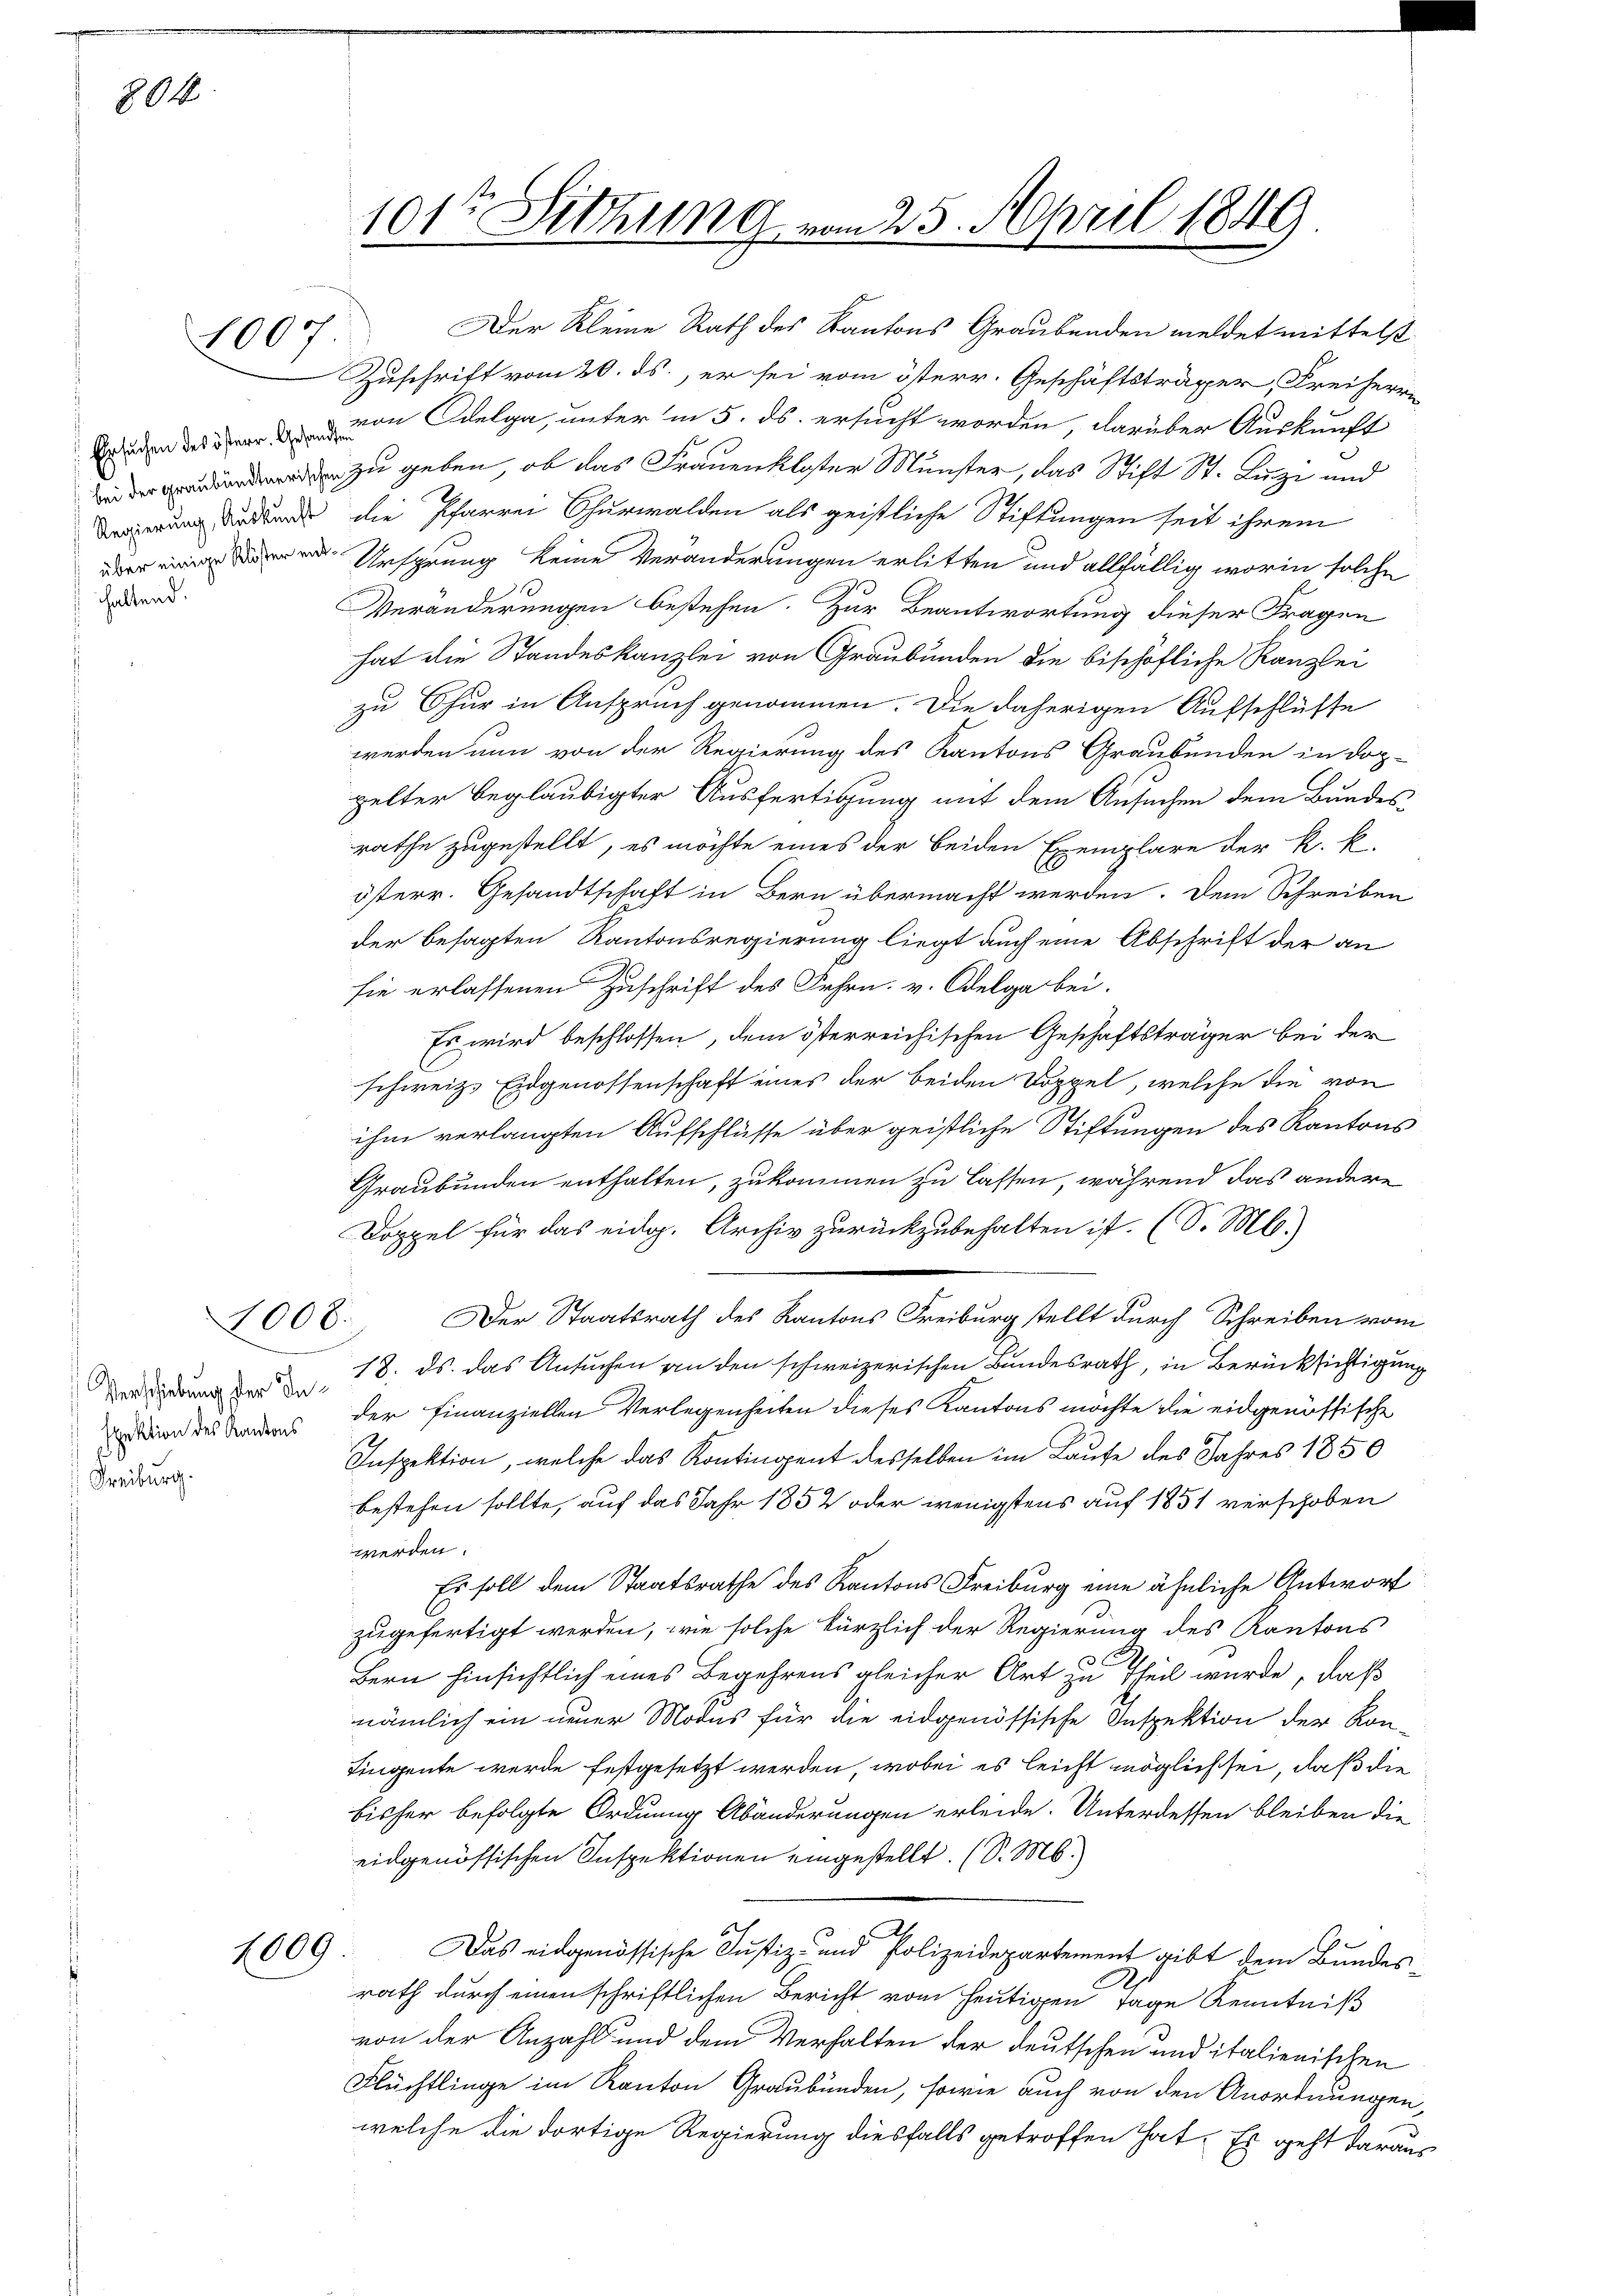
804

haltend.

Freiburg.

1007

1008.

zu geben, ob das Frauenkloster Münster, das Stift St. Luzi und
rung der die Pfarrer Churwalden als geistliche Stiftungen seit ihrem
Ursprung keine Veränderungen erlitten und allfällig worin solche
Veränderungen bestehen. Zur Beantwortung dieser Fragen
hat die Standeskanzlei von Graubünden die bischöfliche Kanzlei
zu Chur in Anspruch genommen. Die daherigen Aufschlüsse
werden nun von der Regierung des Kantons Graubünden in dop-
pelter beglaubigter Ausfertigung mit dem Ansuchen dem Bundes
rathe zugestellt, es möchte eines der beiden Exemplare der k. k.
österr. Gesandtschaft in Bern übermacht werden. Dem Schreiben
der besagten Kantonsregierung liegt auch eine Abschrift der an
sie erlassenen Zuschrift des Frhrn. v. Odelga bei.
Es wird beschlossen, dem österreichischen Geschäftsträger bei der
schweiz. Eidgenossenschaft eines der beiden Doppel, welche die von
ihm verlangten Aufschlüsse über geistliche Stiftungen des Kantons
Graubünden enthalten, zukommen zu lassen, während das andere
Doppel für das eidg. Archiv zurückzubehalten ist. (S. M.)
Der Staatsrath des Kantons Freiburg stellt durch Schreiben vom
der dann der an, 18. ds. das Ansuchen an den schweizerischen Bundesrath, in Berücksichtigung
ddes Bodens der Finanziellen Verlegenheiten dieses Kantons möchte die eidgenössische
Inspektion, welche das Kontingent desselben im Laufe des Jahres 1850
bestehen sollte, auf das Jahr 1852 oder wenigstens auf 1851 verschoben
werden.
Es soll dem Staatsrathe des Kantons Freiburg eine ähnliche Antwort
zugefertigt werden, wie solche kürzlich der Regierung des Kantons
Bern hinsichtlich eines Begehrens gleicher Art zu Theil wurde, daß
nämlich ein neuer Modus für die eidgenössische Inspektion der Kon¬
Fingente werde festgesetzt werden, wobei es leicht möglich sei, daß die
bisher befolgte Ordnung Abänderungen erleide. Unterdessen bleiben die
eidgenössischen Inspektionen eingestellt. (S. M.
1009. Das eidgenössische Justiz- und Polizeidepartement gibt dem Bundesrath durch einen schriftlichen Bericht vom heutigen Tage Kenntniß
von der Anzahl und dem Verhalten der deutschen und italienischen
Flüchtlinge im Kanton Graubünden, sowie auch von den Anordnungen,
welche die dortige Regierung diesfalls getroffen hat. Es geht daraus

101te Sitzung vom 25. April 1849

Der Kleine Rath des Kantons Graubünden meldet mittelst
Zuschrift vom 20. ds., er sei vom österr. Geschäftsträger, Freiherr
n der von Oelga, unter in 5. ds. ersucht worden, darüber Auskunft

g